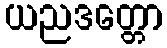
ယညဒတ္တော